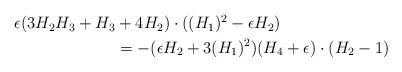
LaTeX: \begin{align*}\begin{alignedat}{2}\epsilon(3H_2H_3 +H_3&+4 H_2)\cdot((H_1)^2 - \epsilon H_2)\\ &= - (\epsilon H_2 + 3(H_1)^2)(H_4+\epsilon)\cdot(H_2 - 1) \end{alignedat} \end{align*}